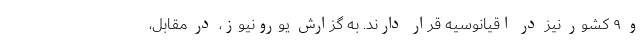
و ۹ کشور نیز در اقیانوسیه قرار دارند. به گزارش یورونیوز، در مقابل،